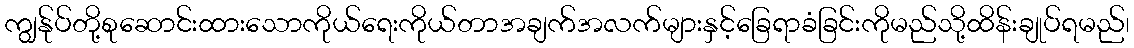
ကျွန်ုပ်တို့စုဆောင်းထားသောကိုယ်ရေးကိုယ်တာအချက်အလက်များနှင့်ခြေရာခံခြင်းကိုမည်သို့ထိန်းချုပ်ရမည်၊